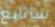
سأتابع